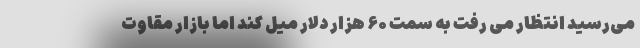
می‌رسید انتظار می رفت به سمت ۶۰ هزار دلار میل کند اما بازار مقاوت